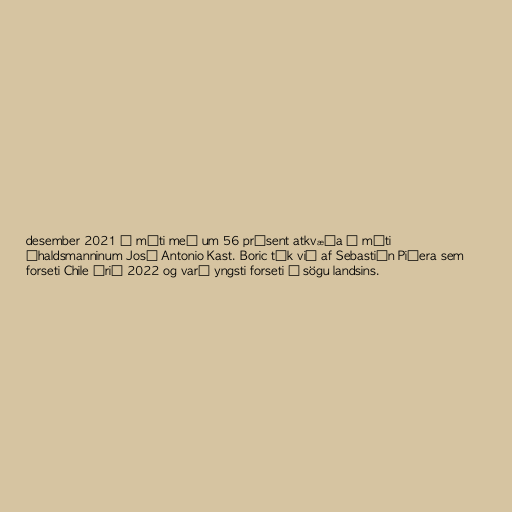
desember 2021 á móti með um 56 prósent atkvæða á móti
íhaldsmanninum José Antonio Kast. Boric tók við af Sebastián Piñera sem
forseti Chile árið 2022 og varð yngsti forseti í sögu landsins.